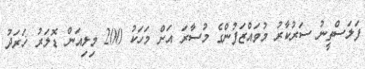
ފަލަސްތީނު ސަރުކާރު މުވައްޒަފުންގެ މުސާރަ އަށް މަހަކު 200 މިލިއަން ޑޮލަރު ޚަރަދު